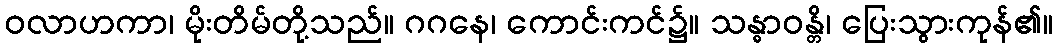
ဝလာဟကာ၊ မိုးတိမ်တို့သည်။ ဂဂနေ၊ ကောင်းကင်၌။ သန္ဓာဝန္တိ၊ ပြေးသွားကုန်၏။